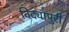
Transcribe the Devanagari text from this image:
विद्यापुरी